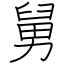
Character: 舅